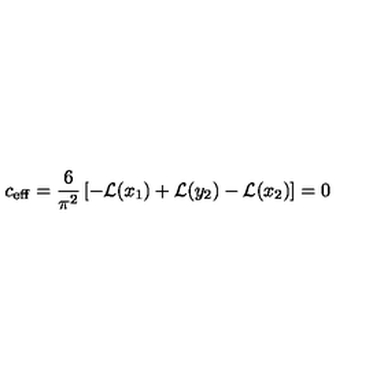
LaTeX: c _ { \mathrm { e f f } } = { \frac { 6 } { \pi ^ { 2 } } } \left[ - { \cal L } ( x _ { 1 } ) + { \cal L } ( y _ { 2 } ) - { \cal L } ( x _ { 2 } ) \right] = 0